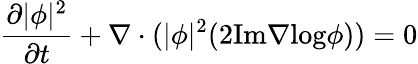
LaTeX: \frac{\partial|\phi|^{2}}{\partial t}+\nabla\cdot(|\phi|^{2}(2\mathrm{Im}\nabla\mathrm{log}\phi))=0